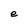
Character: e